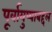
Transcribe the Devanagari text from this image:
पूर्वायुष्याबद्दल